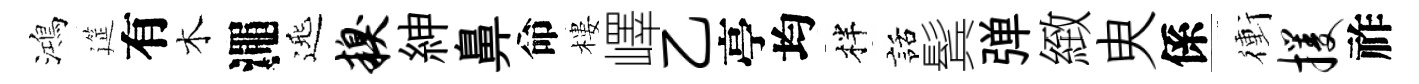
鴻筵有木澠𨓱糗紳鼻命樓嶧乙亭均柈話鬂弹緻㬰係衝攫祚